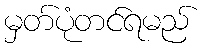
မှတ်ပုံတင်ရမည်